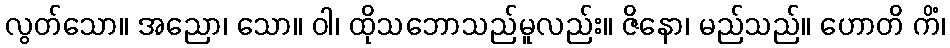
လွတ်သော။ အညော၊ သော။ ဝါ၊ ထိုသဘောသည်မူလည်း။ ဇိနော၊ မည်သည်။ ဟောတိ ကိံ၊